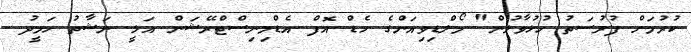
ކުރުމަށް ފުރުސަތު ހުޅުވާލުން" މޯލްޑިވިއަންގެ ހެޑް އޮފް އެޑްމިނިސްޓްރޭޝަން އަލީ ނަޝާތު ހަމީދު